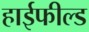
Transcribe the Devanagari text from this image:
हाईफील्ड